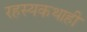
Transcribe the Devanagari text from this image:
रहस्यकथाही